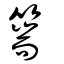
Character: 篅